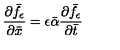
\frac { \partial \bar { f } _ { \epsilon } } { \partial \bar { x } } = \epsilon \bar { \alpha } \frac { \partial \bar { f } _ { \epsilon } } { \partial \bar { t } }